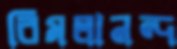
বিমলানন্দ